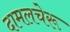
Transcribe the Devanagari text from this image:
दामलचेरू